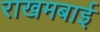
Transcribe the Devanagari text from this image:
राखमबाई